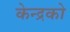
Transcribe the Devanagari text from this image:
केन्द्रको